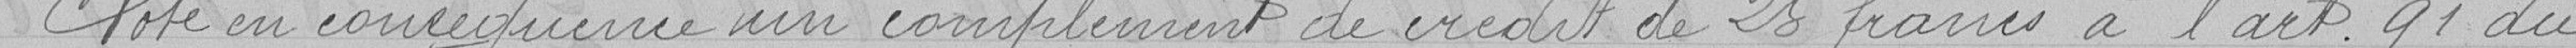
Vote en conséquence un complément de crédit de 25 francs a l'article 41 du